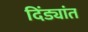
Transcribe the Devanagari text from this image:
दिंड्यांत